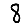
Digit: 8